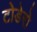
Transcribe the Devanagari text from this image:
टोडेरो